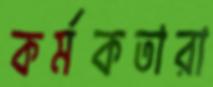
কর্মকতারা